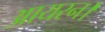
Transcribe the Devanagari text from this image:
आयरन।